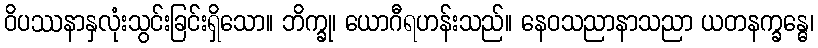
ဝိပဿနာနှလုံးသွင်းခြင်းရှိသော။ ဘိက္ခု၊ ယောဂီရဟန်းသည်။ နေဝသညာနာသညာ ယတနက္ခန္ဓေ၊